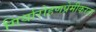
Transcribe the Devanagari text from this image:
गिर्यारोहणप्रेमीकरता